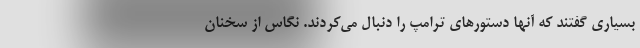
بسیاری گفتند که آنها دستورهای ترامپ را دنبال می‌کردند. نگاس از سخنان